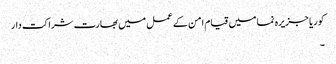
کوریا جزیرہ نما میں قیام امن کے عمل میں بھارت شراکت دار
۔